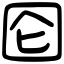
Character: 囵